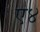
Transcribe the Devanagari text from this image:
ए४